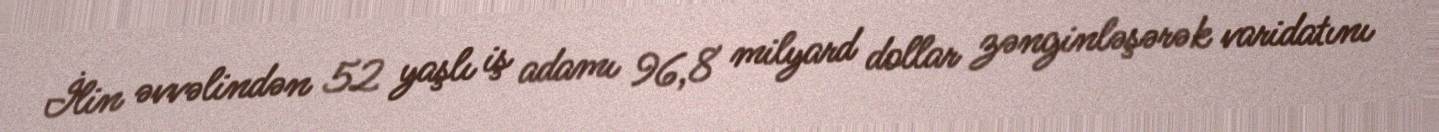
İlin əvvəlindən 52 yaşlı iş adamı 96,8 milyard dollar zənginləşərək varidatını